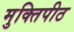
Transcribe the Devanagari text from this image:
मुक्तिपीठ